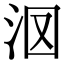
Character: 𣲷